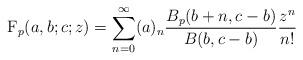
LaTeX: \begin{align*} {}_{}\textrm{F}_{p}(a,b;c;z)= \sum_{n=0}^{\infty} (a)_n \frac{B_{p}(b+n,c-b)}{B(b,c-b)} \frac{z^n}{n!} \end{align*}